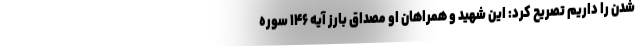
شدن را داریم تصریح کرد: این شهید و همراهان او مصداق بارز آیه ۱۴۶ سوره